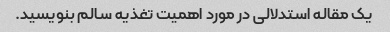
یک مقاله استدلالی در مورد اهمیت تغذیه سالم بنویسید.